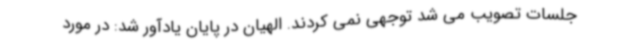
جلسات تصویب می شد توجهی نمی کردند. الهیان در پایان یادآور شد: در مورد